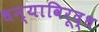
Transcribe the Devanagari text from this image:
धन्याविरूद्ध